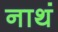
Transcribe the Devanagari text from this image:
नाथं